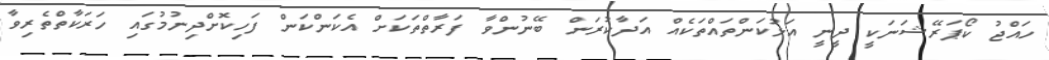
ހައްޖު ކޯޕަރޭޝަނަކީ ދީނީ އަޅުކަންތައްތަކެއް އަދާކުރަން ބޭނުންވާ ފަރާތްތަކަށް އެކަންކަން ފަހިކޮށްދިނުމުގައި ހަރަކާތްތެރިވާ